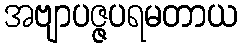
အဗျာပဇ္ဇပရမတာယ